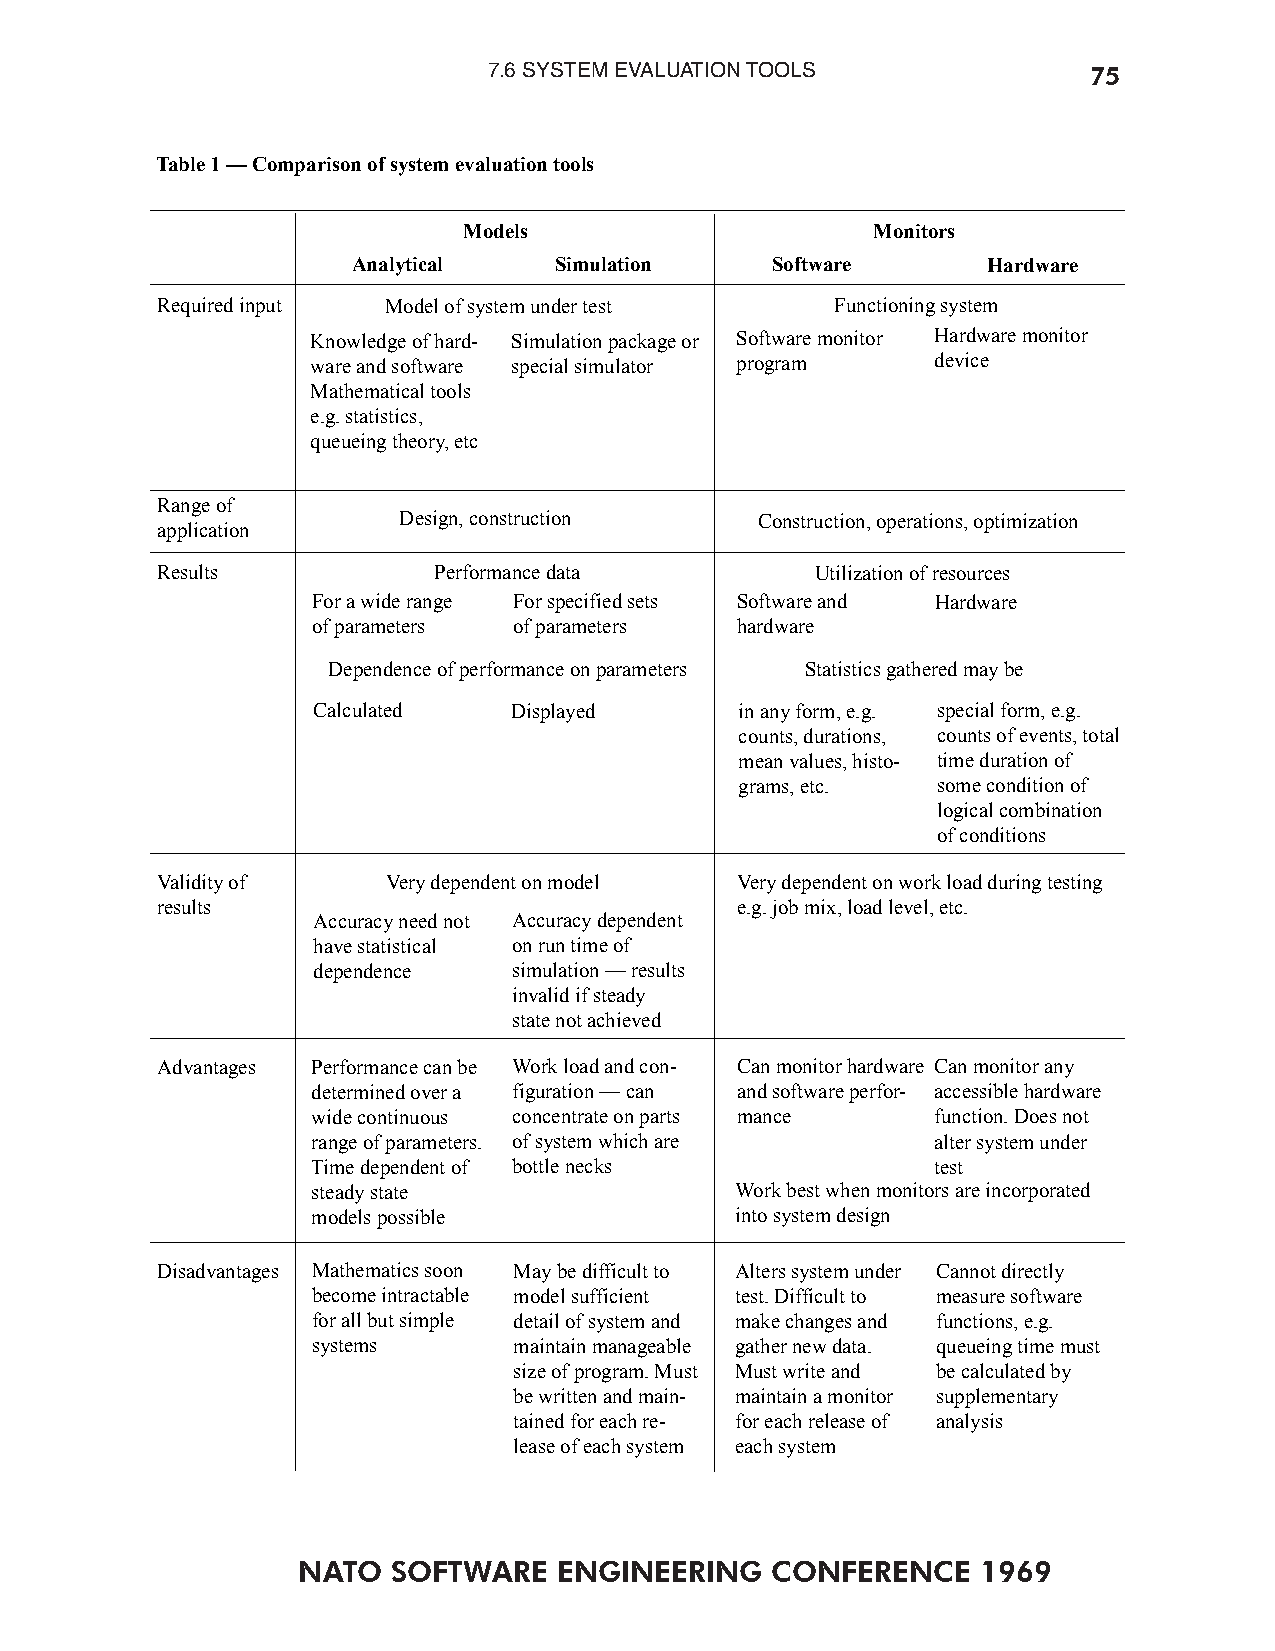
7.6 SYSTEM EVALUATION TOOLS             75
 Table1—Comparisonofsystemevaluationtools
 Models                     Monitors
 Analytical    Simulation    Software      Hardware
 Required input Model of system under test    Functioning system
 Knowledge of hard- Simulation package or Software monitor Hardware monitor
 ware and software special simulator program device
 Mathematical tools
 e.g. statistics,
 queueing theory, etc
 Range of
 Design, construction    Construction, operations, optimization
 application
 Results            Performance data         Utilization of resources
 For a wide range For specified sets Software and Hardware
 of parameters of parameters hardware
 Dependence of performance on parameters Statistics gathered may be
 Calculated   Displayed      in any form, e.g. special form, e.g.
 counts, durations, counts of events, total
 mean values, histo- time duration of
 grams, etc.  some condition of
 logical combination
 of conditions
 Validity of     Very dependent on model Very dependent on work load during testing
 results                                e.g. job mix, load level, etc.
 Accuracy need not Accuracy dependent
 have statistical on run time of
 dependence   simulation — results
 invalid if steady
 state not achieved
 Advantages Performance can be Work load and con- Can monitor hardware Can monitor any
 determined over a figuration — can and software perfor- accessible hardware
 wide continuous concentrate on parts mance function. Does not
 range of parameters. of system which are alter system under
 Time dependent of bottle necks           test
 steady state                Work best when monitors are incorporated
 models possible             into system design
 Disadvantages Mathematics soon May be difficult to Alters system under Cannot directly
 become intractable model sufficient test. Difficult to measure software
 for all but simple detail of system and make changes and functions, e.g.
 systems      maintain manageable gather new data. queueing time must
 size of program. Must Must write and be calculated by
 be written and main- maintain a monitor supplementary
 tained for each re- for each release of analysis
 lease of each system each system
 NATO  SOFTWARE   ENGINEERING   CONFERENCE    1969